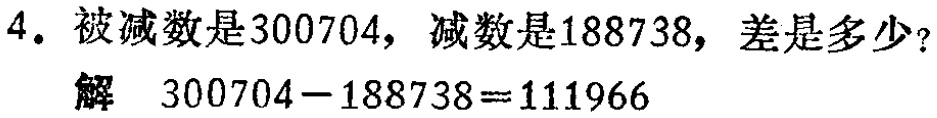
4. 被减数是\(300704\)，减数是\(188738\)，差是多少？

解 \(300704 - 188738 = 111966\)